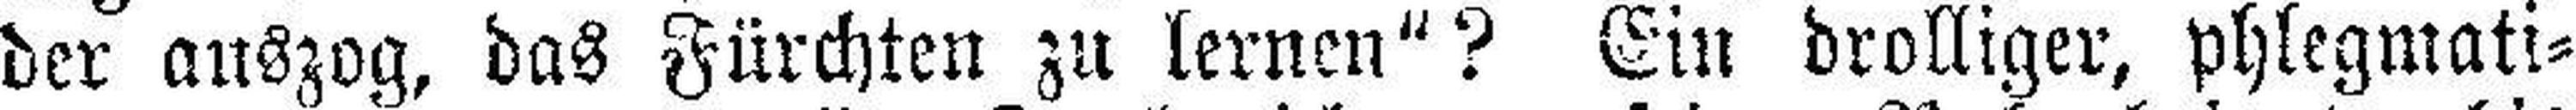
der auszog, das Fürchten zu lernen“? Ein drolliger, phlegmati¬